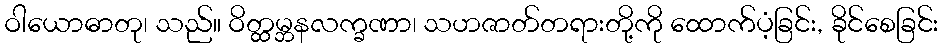
ဝါယောဓာတု၊ သည်။ ဝိတ္ထမ္ဘနလက္ခဏာ၊ သဟဇာတ်တရားတို့ကို ထောက်ပံ့ခြင်း, ခိုင်စေခြင်း